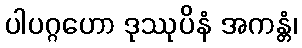
ပါပဂ္ဂဟော ဒုဿုပိနံ အကန္တံ၊